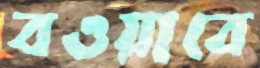
বওয়াবে